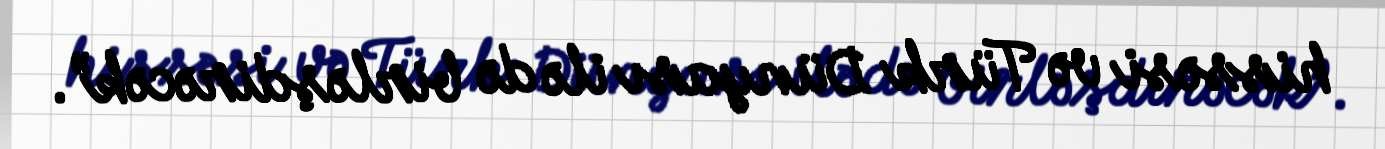
hissəsi və Türk Dünyası ilə də birləşdirəcək”.